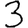
Digit: 3